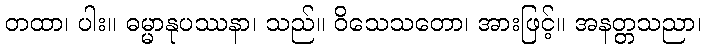
တထာ၊ ပါး။ ဓမ္မာနုပဿနာ၊ သည်။ ဝိသေသတော၊ အားဖြင့်။ အနတ္တသညာ၊